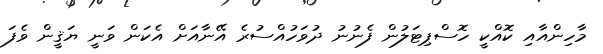
މާހިންއާއި ކޮއްކީ ހޮސްޕިޓަލުން ފެނުނު ދުވަހުއްސުރެ އޭނާއަށް އެކަން ވަނީ ޔަޤީން ވެފަ